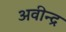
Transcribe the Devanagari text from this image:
अवीन्द्र